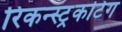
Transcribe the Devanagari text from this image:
रिकन्स्ट्रकटिंग